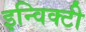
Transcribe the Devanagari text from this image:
इन्विक्टी